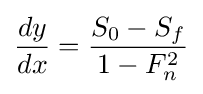
{\frac {dy}{dx}}={\frac {S_{0}-S_{f}}{1-F_{n}^{2}}}